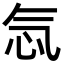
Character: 忥